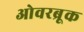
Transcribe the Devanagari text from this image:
ओवरब्रूक